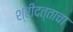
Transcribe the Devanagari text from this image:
श्रीदत्ताचा